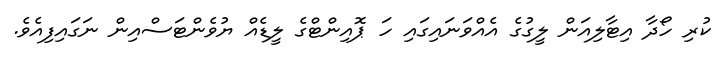
ކުރި ހޯދާ އިޓާލިއަން ލީގުގެ އެއްވަނައިގައި ހަ ޕޮއިންޓްގެ ލީޑެއް ޔުވެންޓަސްއިން ނަގައިފިއެވެ.